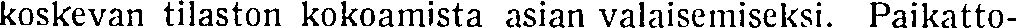
koskevan tilaston kokoamista asian valaisemiseksi. Paikatto-